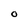
Character: O